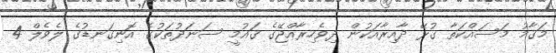
މަޤާމު މަސައްކަތާ ގުޅޭ ދާއިރާއަކުން ދިވެހިރާއްޖޭގެ ޤައުމީ ސަނަދުތަކުގެ އޮނިގަނޑުގެ ލެވެލް 4